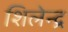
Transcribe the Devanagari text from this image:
शिलेन्द्र